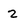
Character: 2